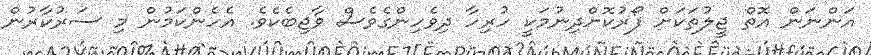
އަންނަން އޮތް ޖީލުތަކަށް ފޯރުކޮށްދިނުމަކީ ހުރިހާ ދިވެހިންގެވެސް ވާޖިބެކެވެ. އެހެންކަމުން މި ސަރުކާރުން